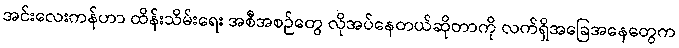
အင်းလေးကန်ဟာ ထိန်းသိမ်းရေး အစီအစဉ်တွေ လိုအပ်နေတယ်ဆိုတာကို လက်ရှိအခြေအနေတွေက